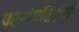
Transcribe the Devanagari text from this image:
प्रसंगविशेषीं